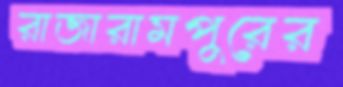
রাজারামপুরের